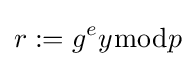
r:=g^{e}y{\bmod {p}}